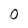
Character: 0